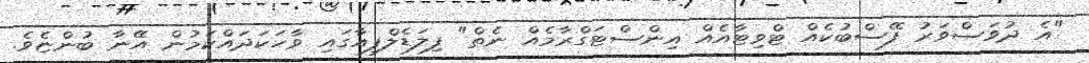
"އެ ދުވަސްވަރު ފޭސްބުކެއް ޓްވިޓާއެއް އިންސްޓަގްރާމެއް ނެތް" ފިލަޑެލްފިއާގައި ވާހަކަދައްކަމުން އޭނާ ބުންޏެވެ.